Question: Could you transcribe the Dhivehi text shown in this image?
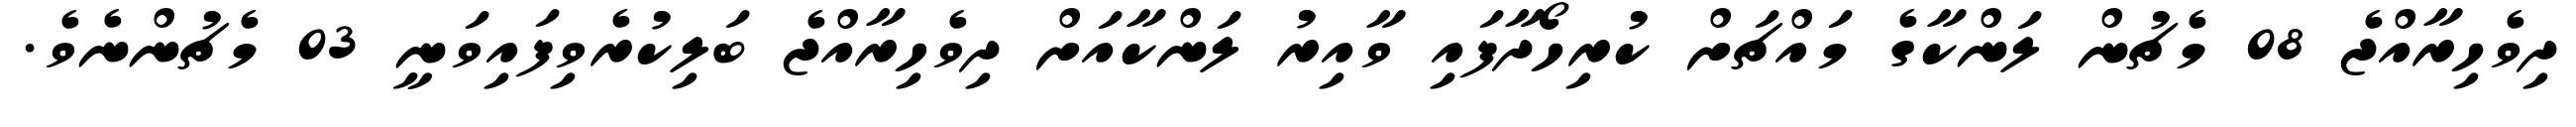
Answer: ދިވެހިރާއްޖެ 08 މެޗުން ލަންކާގެ މައްޗަށް ކުރިހޯދާފައި ވާއިރު ލަންކާއަށް ދިވެހިރާއްޖެ ބަލިކުރެވިފައިވަނީ 03 މެޗުންނެވެ.